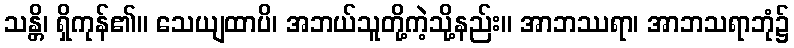
သန္တိ၊ ရှိကုန်၏။ သေယျထာပိ၊ အဘယ်သူတို့ကဲ့သို့နည်း။ အာဘဿရာ၊ အာဘသရာဘုံ၌